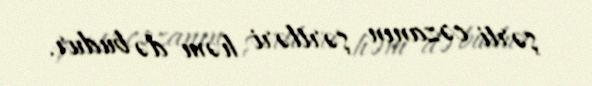
şərti cəzanın şərtləri həm də budur.